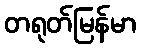
တရုတ်မြန်မာ